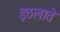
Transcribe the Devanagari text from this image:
इठलाते